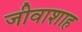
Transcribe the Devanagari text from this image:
जीवाशाह